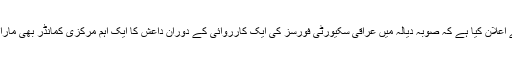
دوسری طرف حشد الشعبی کے ایک مرکزی کمانڈر صادق الحسینی نے اعلان کیا ہے کہ صوبہ دیالہ میں عراقی سکیورٹی فورسز کی ایک کارروائی کے دوران داعش کا ایک اہم مرکزی کمانڈر بھی مارا گیا ہے تاہم اس حوالے سے مزید تفصیلات بعد میں نشر کی جائیں گی۔